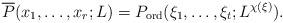
LaTeX: \begin{align*}\overline P(x_1,\ldots,x_r;L)=P_\textup{ord}(\xi_1,\ldots,\xi_t;L^{\chi(\xi)}).\end{align*}